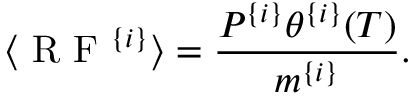
\langle \mathrm { ~ R ~ F ~ } ^ { \{ i \} } \rangle = \frac { P ^ { \{ i \} } \theta ^ { \{ i \} } ( T ) } { m ^ { \{ i \} } } .